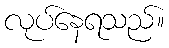
လုပ်နေရသည်။